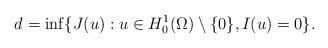
LaTeX: \begin{align*}d=\inf\{J(u):u\in H_0^1(\Omega)\setminus\{0\},I(u)=0\}. \end{align*}